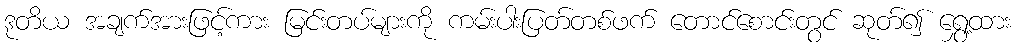
ဒုတိယ အချက်အားဖြင့်ကား မြင်းတပ်များကို ကမ်းပါးပြတ်တစ်ဖက် တောင်စောင်းတွင် ဆုတ်၍ ရွှေ့ထား